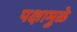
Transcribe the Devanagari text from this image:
पक्षामुळे